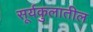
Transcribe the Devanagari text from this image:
सूर्यकुलातील